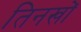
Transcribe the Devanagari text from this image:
तिनखों